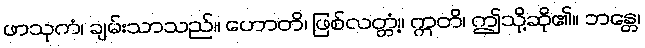
ဖာသုကံ၊ ချမ်းသာသည်။ ဟောတိ၊ ဖြစ်လတ္တံ့။ ဣတိ၊ ဤသို့ဆို၏။ ဘန္တေ၊